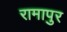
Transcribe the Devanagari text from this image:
रामापुर